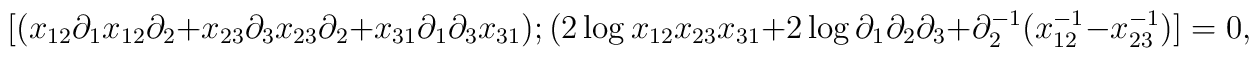
[(x_{12}\partial_1x_{12}\partial_2+x_{23}\partial_3x_{23}\partial_2+x_{31}\partial_1\partial_3x_{31});(2\log x_{12}x_{23}x_{31}+2\log\partial_1\partial_2\partial_3+\partial_2^{-1}(x_{12}^{-1}-x_{23}^{-1})]=0,